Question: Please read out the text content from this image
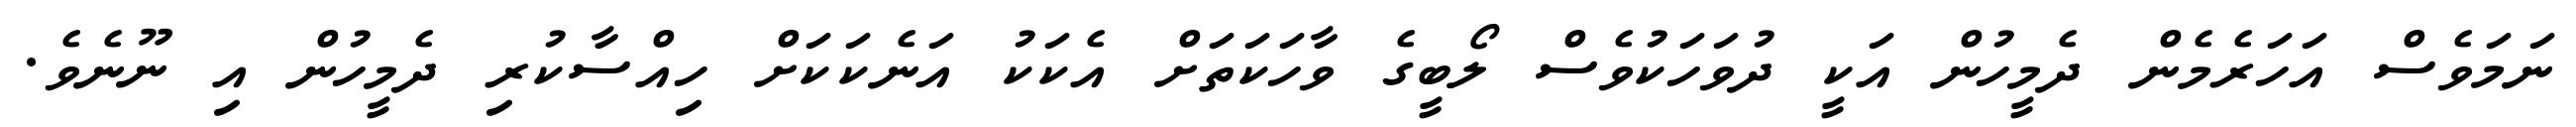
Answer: ނަމަވެސް އަހަރެމެން ދެމީހުން އަކީ ދުވަހަކުވެސް ލޯބީގެ ވާހަކަތަށް އެކަކު އަނެކަކަށް ހިއްސާކުރި ދެމީހުން އި ނޫނެވެ.